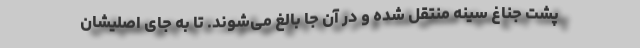
پشت جناغ سینه منتقل شده و در آن جا بالغ می‌شوند. تا به جای اصلیشان